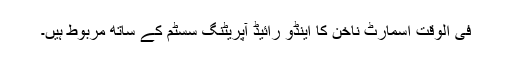
فی الوقت اسمارٹ ناخن کا اینڈو رائیڈ آپریٹنگ سسٹم کے ساتھ مربوط ہیں۔